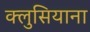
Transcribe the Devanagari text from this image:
क्लुसियाना